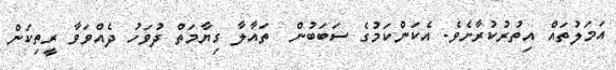
އަމަލުތައް އިތުރުކުރާށެވެ. އެކަންކަމުގެ ސަބަބުން  ތައާލާ ގިޔާމަތް ދުވަހު ދެއްވަވާ ރީތިކަން